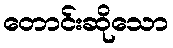
တောင်းဆိုသော